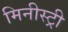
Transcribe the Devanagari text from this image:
मिनीस्‍ट्री